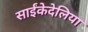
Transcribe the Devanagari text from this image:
साईंकेदेलिया